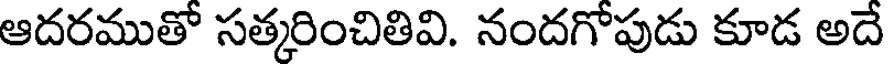
ఆదరముతో సత్కరించితివి. నందగోపుడు కూడ అదే